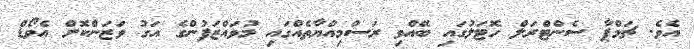
އެވެ. ޗަމްޕާ ސެންޓްރަލް ހޮޓަލުގައި ބޭއްވި ރަސްމިއްޔާތެއްގައި މުވައްޒަފުންގެ އަގު ވަޒަންކޮށް އެވޯޑް